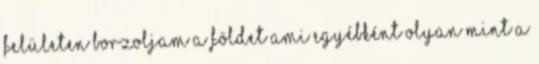
felületen borzoljam a földet ami egyébként olyan mint a